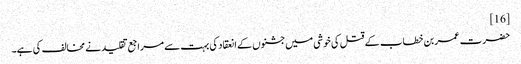
[16]
حضرت عمر بن خطاب کے قتل کی خوشی میں جشنوں کے انعقاد کی بہت سے مراجع تقلید نے مخالف کی ہے۔